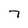
Character: 7